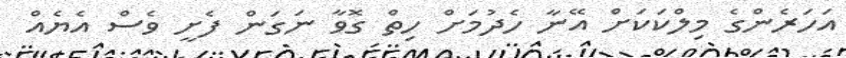
އަހަރެންގެ މިލްކަކަށް އޭނާ ހެދުމަށް ހިތް ގޮވާ ނަގަން ފެށީ ވެސް އެޔެއް